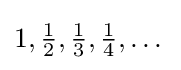
1,{\tfrac {1}{2}},{\tfrac {1}{3}},{\tfrac {1}{4}},\dots